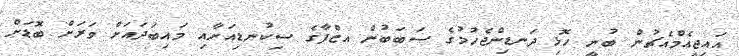
އައިޖީއެމްއެޗުން ބުނީ ހޮޅި ދަނޑިންޖެހުމުގެ ސަބަބުން އޒްފާގެ ސިކުނޑިއަށާއި މައިބަދައަށް ވަަރަށް ބޮޑަށް